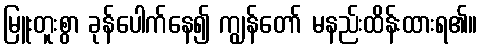
မြူးတူးစွာ ခုန်ပေါက်နေ၍ ကျွန်တော် မနည်းထိန်းထားရ၏။